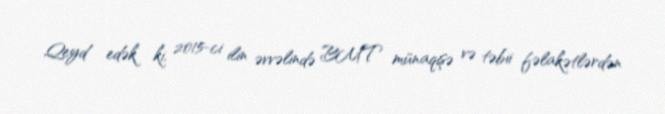
Qeyd edək ki, 2015-ci ilin əvvəlində BMT münaqişə və təbii fəlakətlərdən